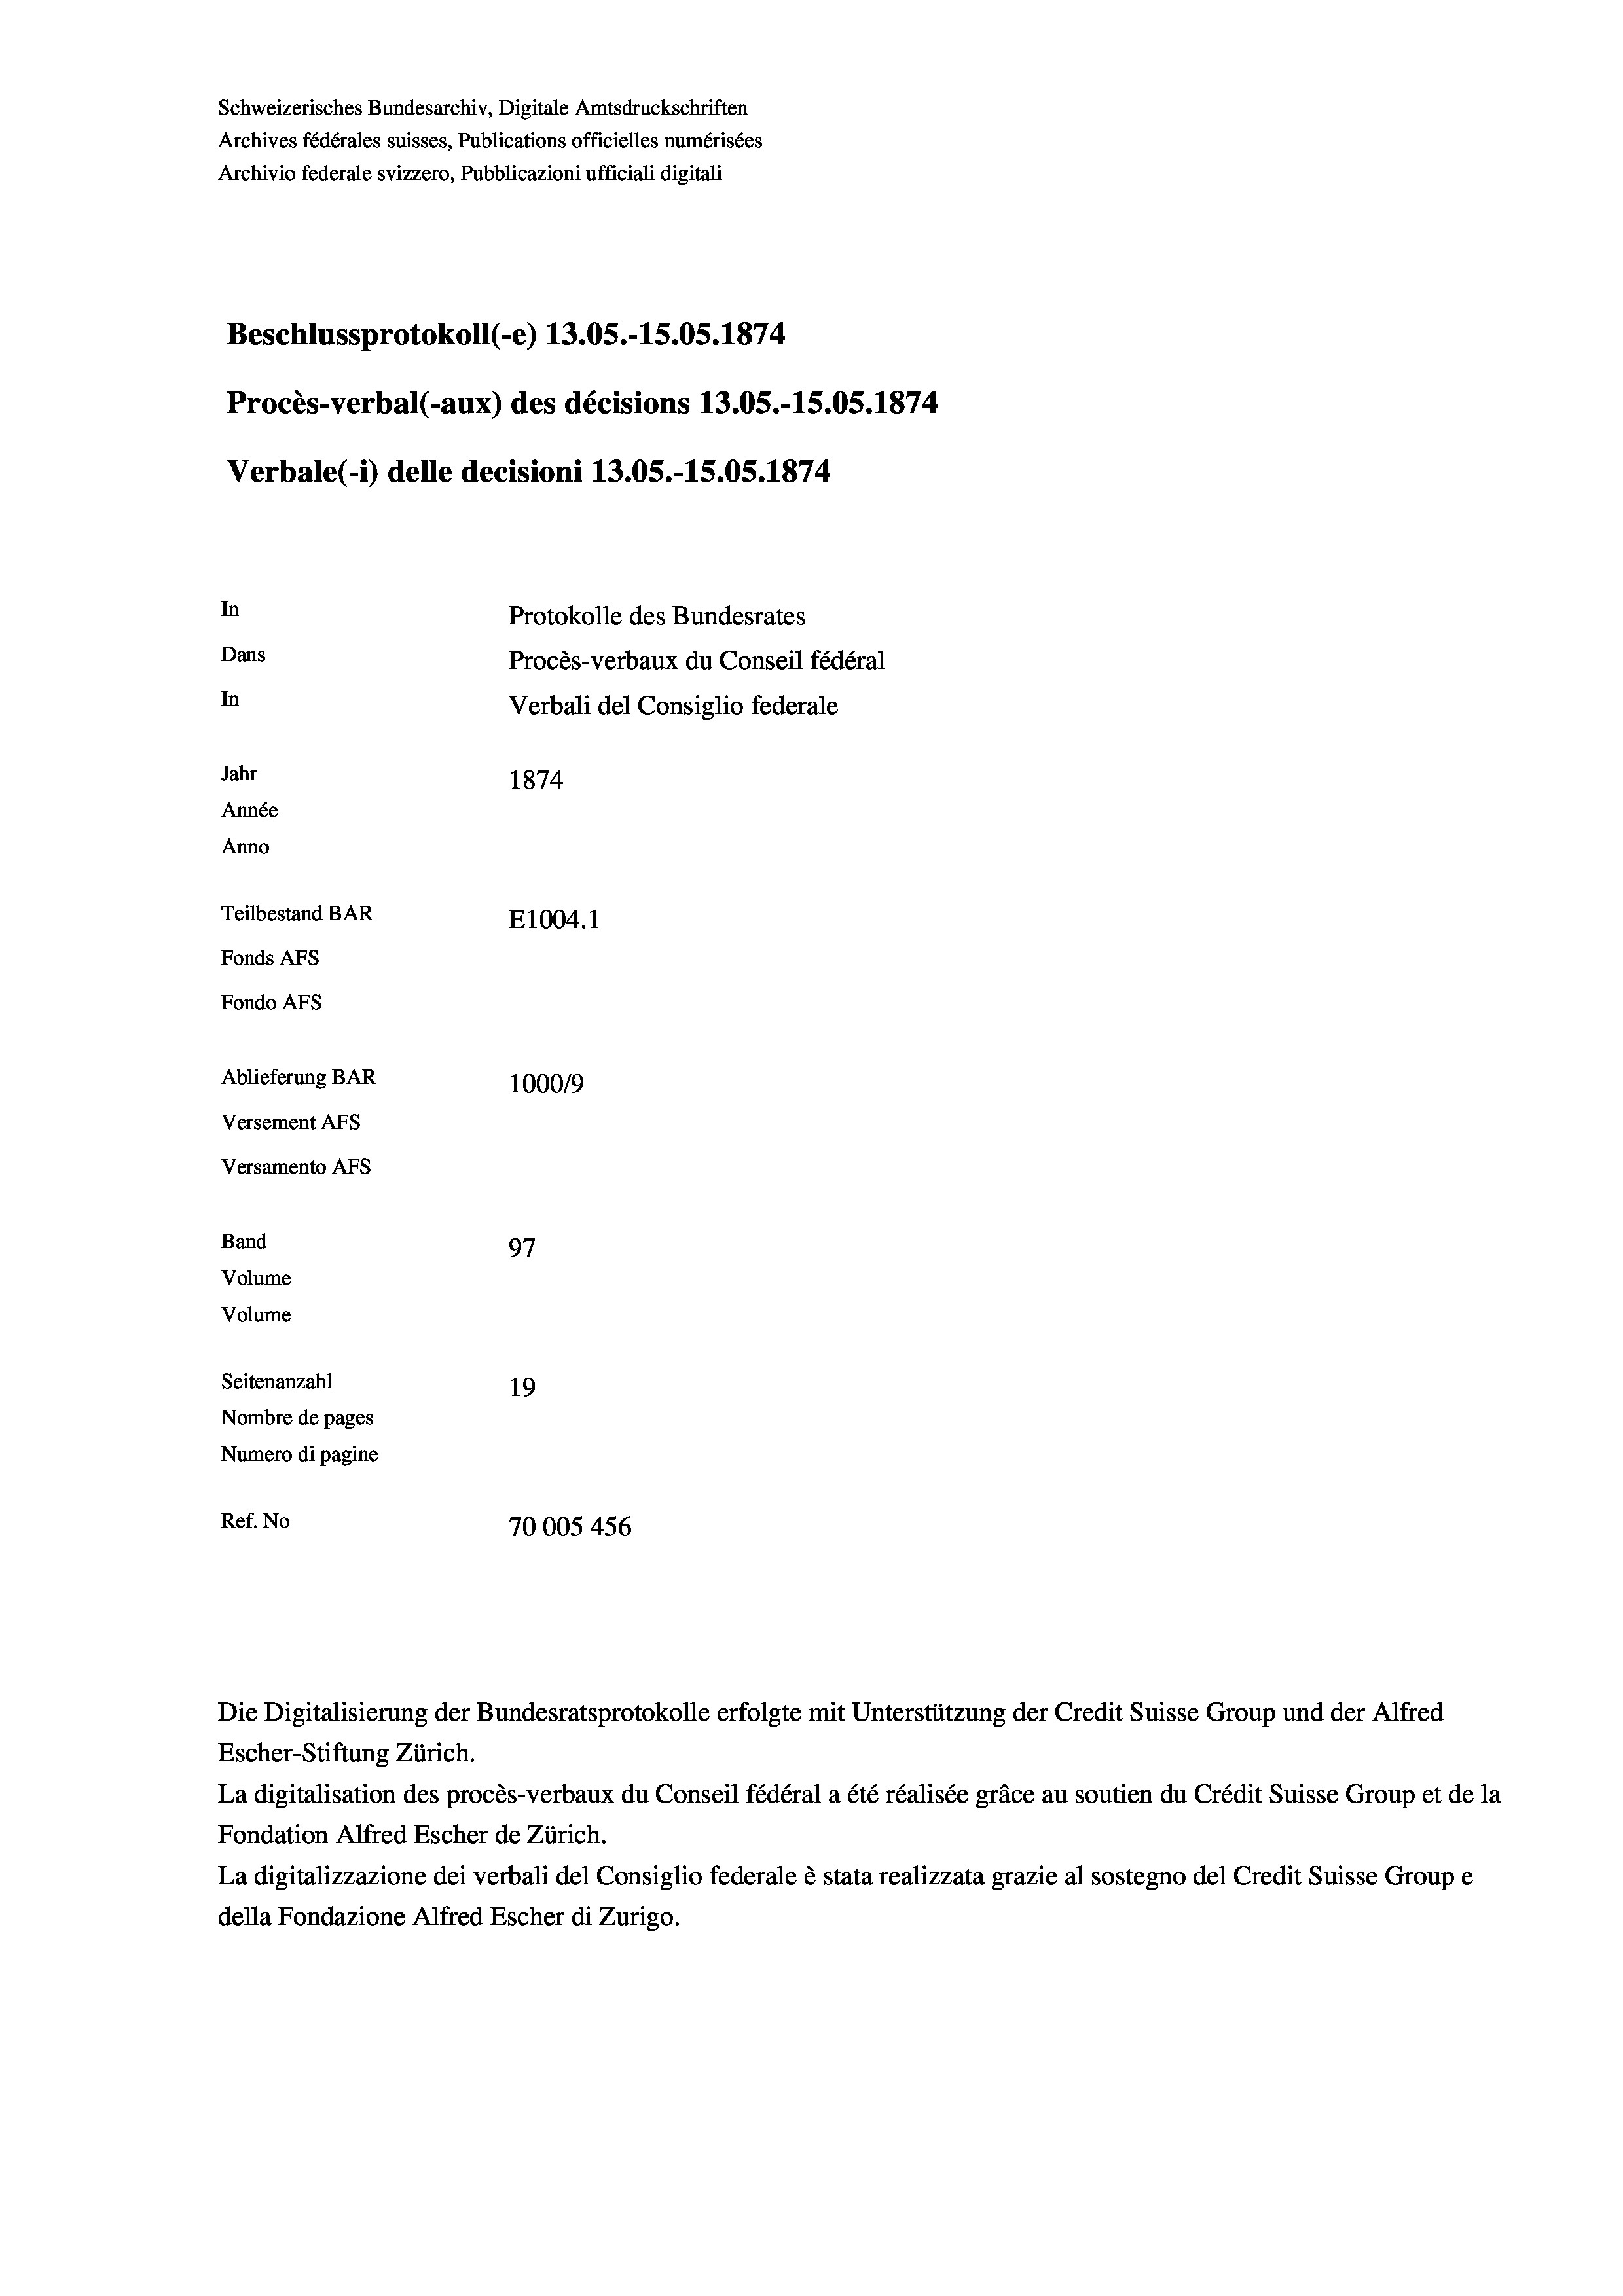
Schweizerisches Bundesarchiv, Digitale Amtsdruckschriften
Archives fédérales suisses, Publications officielles numérisées
Archivio federale svizzero, Pubblicazioni ufficiali digitali
Beschlussprotokoll (-e) 13.05.-15.05. 1874
Procès-verbal (-aux) des décisions 13.05.-15.05. 1874
Verbale (i) delle decisioni 13.05.-15.05. 1874
In
Protokolle des Bundesrates
Dans
Procès-verbaux du Conseil fédéral
In
Verbali del Consiglio federale
Jahr
1874
Année
Anno
Teilbestand BAR
E1004. 1
Fonds AFs
Fondo AFS
Ablieferung BAR
1000/9
Versement AFs
Versamento AFs
Band
97
Volume
Volume

Seitenanzahl
19
Nombre de pages
Numero di pagine
Ref. No
70005 456

Die Digitalisierung der Bundesratsprotokolle erfolgte mit Unterstützung der Credit Suisse Group und der Alfred
Escher-Stiftung Zürich.
La digitalisation des procès-verbaux du Conseil fédéral a été réalisée gräce au soutien du Crédit Suisse Group et de la
Fondation Alfred Escher de Zürich.
La digitalizzazione dei verbali del Consiglio federale è stata realizzata grazie al sostegno del Credit Suisse Groupe
della Fondazione Alfred Escher di Zurigo.